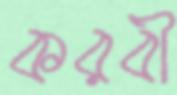
করবী